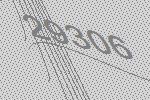
29306